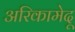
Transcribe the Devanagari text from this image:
अरिकामेदू